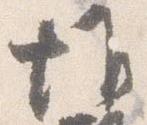
惟